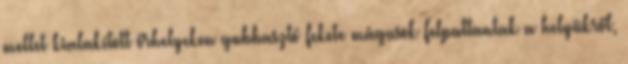
mellet kialakított őrhelyeken gubbasztó fekete mágusok felpattantak a helyükről,